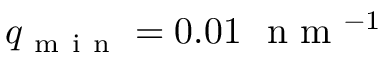
q _ { \mathrm { ~ m ~ i ~ n ~ } } = 0 . 0 1 \ \mathrm { ~ n ~ m ~ } ^ { - 1 }